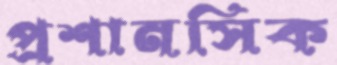
প্রশানসিক